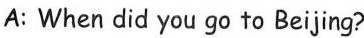
A: When did you go to Beijing?